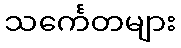
သင်္ကေတများ